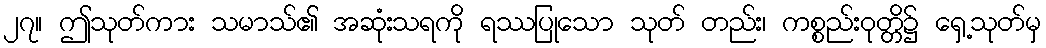
၂၇။ ဤသုတ်ကား သမာသ်၏ အဆုံးသရကို ရဿပြုသော သုတ် တည်း၊ ကစ္စည်းဝုတ္တိ၌ ရှေ့သုတ်မှ